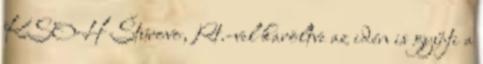
KSOH Štúrovo, Rt.-vel karöltve az idén is gyűjti a